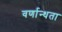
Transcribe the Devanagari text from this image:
वर्णान्धता